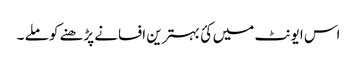
اس ایونٹ میں کئ بہترین افسانے پڑھنے کو ملے ۔